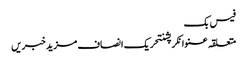
فیس بک
متعلقہ عنوانکرپشنتحریک انصاف مزید خبریں